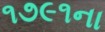
૧૭૯૧ના